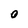
Character: O